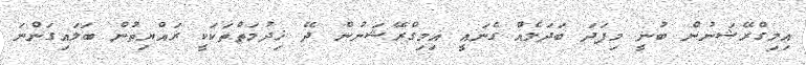
އިމިގްރޭޝަނުން ބުނީ މިފަދަ ބަދަލެއް ގެނައީ އިމިގްރޭޝަނުން ދޭ ޚިދުމަތްތަކަކީ ރައްޔިތުން ބަލައިގަންނަ